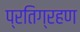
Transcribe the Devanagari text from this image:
प्रतिग्रहण